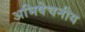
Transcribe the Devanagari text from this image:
अभिषेचनीय